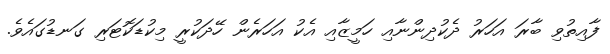
ފާއިތުވި ބާރަ އަހަރު ދެކުދިންނާއި ހަމީޒާއި އެކު އަހަރެން ހޭދަކުރީ މިކުޑަކޮޓަރި ގަނޑުގައެވެ.